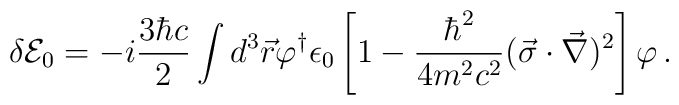
\delta {\cal E}_0=-i\frac{3\hbar c}{2}\int d^3\vec{r}\varphi^{\dagger}\epsilon_0\left[1-\frac{\hbar^2}{4m^2 c^2}(\vec{\sigma}\cdot\vec{\nabla})^2\right]\varphi\,{.}